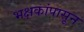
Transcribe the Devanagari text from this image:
भक्षकांपासून